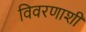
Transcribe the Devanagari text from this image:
विवरणाशी